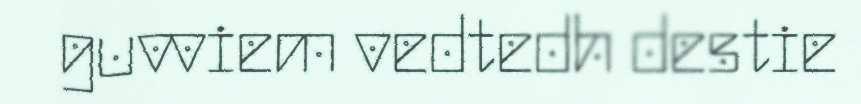
guvviem vedtedh destie